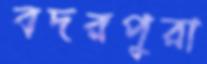
বদরপুরা